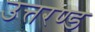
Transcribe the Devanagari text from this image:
उत्तरण्ड